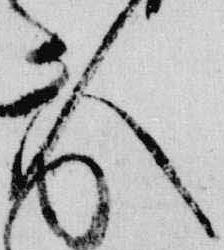
人